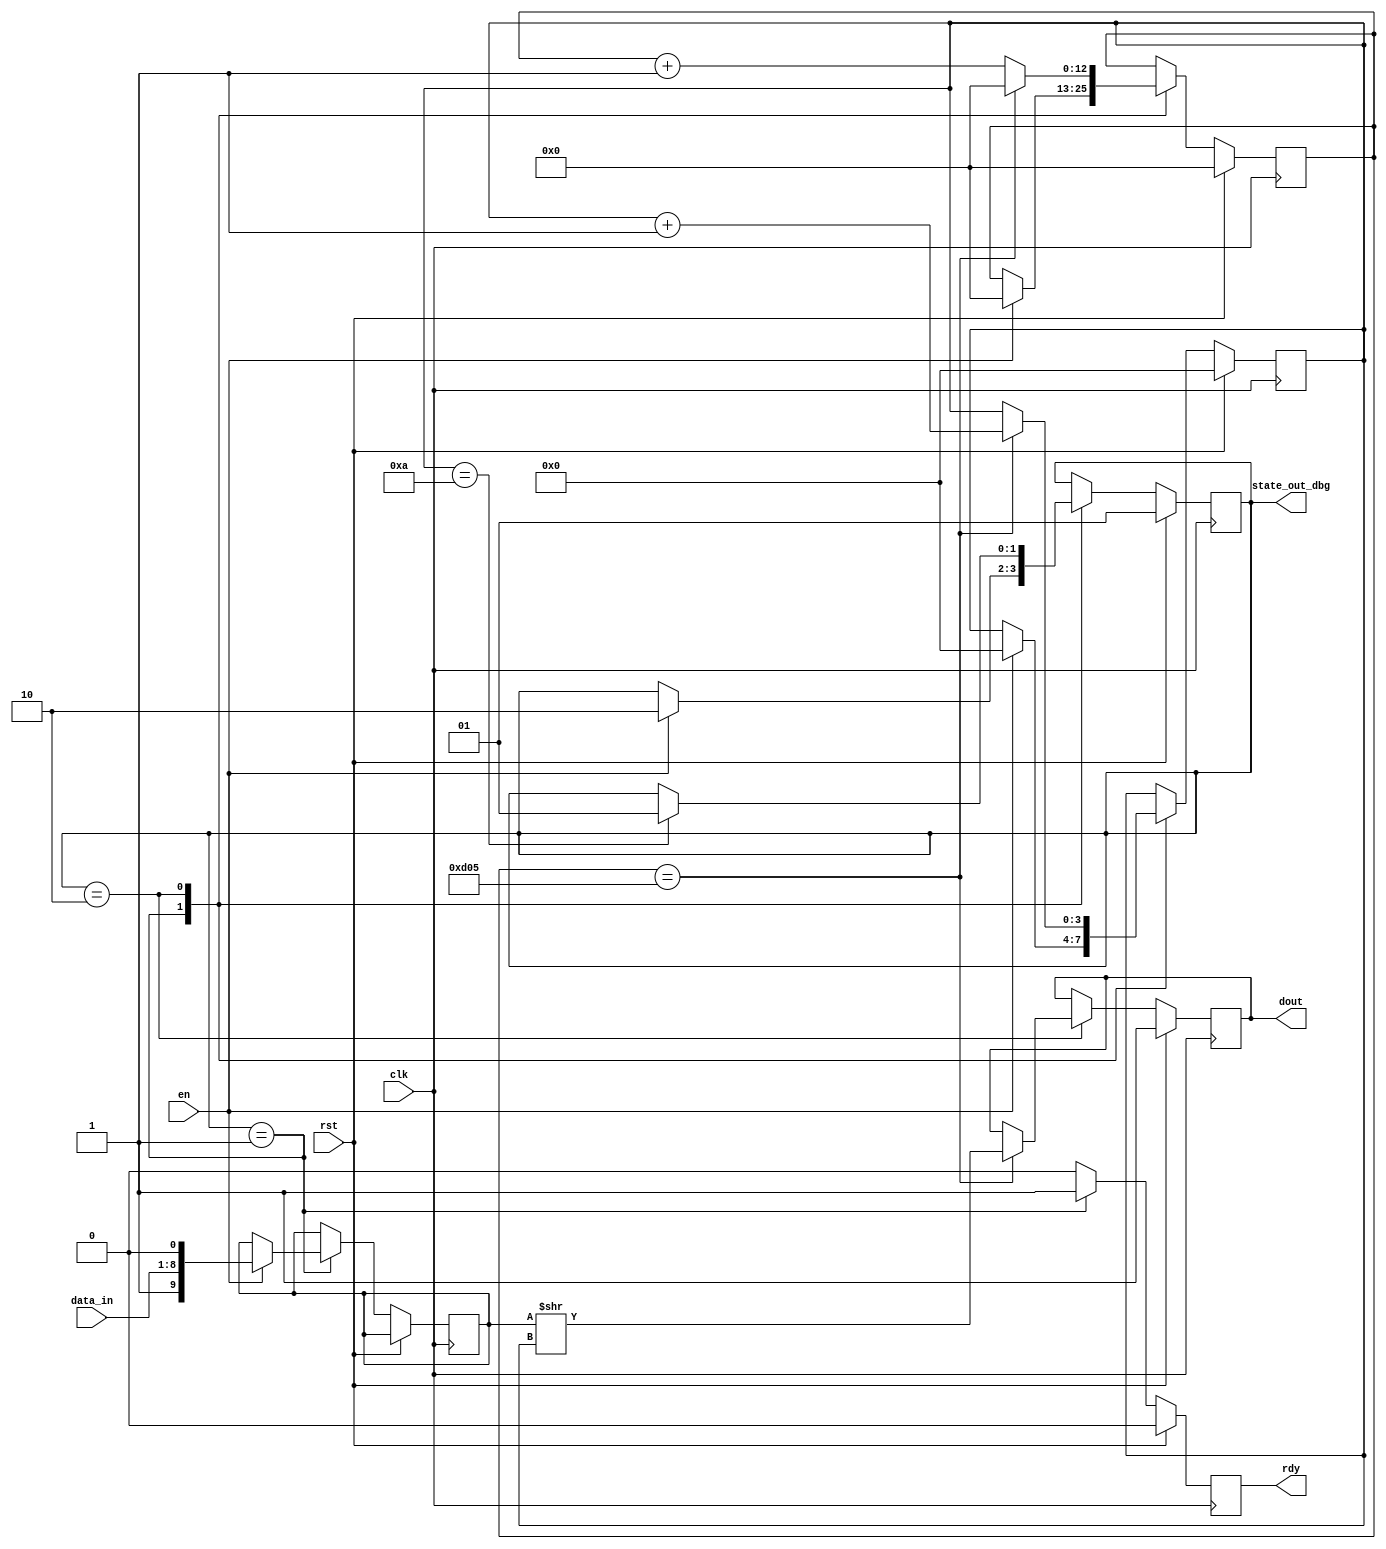
module uart_tx(
	input clk, rst, en,
	input [7:0] data_in,

	output reg rdy,
	output reg dout = 1'b1,
	output [1:0] state_out_dbg
);

parameter SYSTEM_CLOCK  = 32000000;
parameter BAUD_RATE		= 9600;
parameter CYC_COUNT		= SYSTEM_CLOCK/BAUD_RATE;
parameter CYC_PRO_BIT	= $clog2(CYC_COUNT);

`define STATE_RST		2'b00
`define STATE_START		2'b01
`define STATE_SENDBIT	2'b10


reg [1:0]cur_state ;
reg [9:0]data ;
reg [3:0]shift_amount ;
reg [CYC_PRO_BIT:0]wait_counter ;

assign state_out_dbg = cur_state ;

always @(posedge clk)
begin

	if(rst) begin
		cur_state 		<= `STATE_START;
		rdy				<= 1'b0;
		dout			<= 1'b1;
		shift_amount 	<= 0;
		wait_counter 	<= 0;
	end else begin
		rdy  <= 1'b0;
		dout <= dout;
		shift_amount <= shift_amount; 
		wait_counter <= wait_counter;
		
		case (cur_state)
			`STATE_START: begin
				rdy <= 1'b1;
				if ( en == 1'b1 ) begin
					cur_state 	<= `STATE_SENDBIT;
					data 		<= {1'b1,data_in,1'b0};
					shift_amount 	<= 1'b0;
					wait_counter 	<= 0;
				end
			end
			`STATE_SENDBIT: begin
				rdy <= 1'b0;
				if (wait_counter == CYC_COUNT) begin
					dout 			<= (data >> shift_amount ) & 1;
					shift_amount 	<= shift_amount + 1;
					wait_counter 	<= 0;
				end else begin
					wait_counter <= wait_counter + 1;
				end

				if (shift_amount == 4'd10) begin
					cur_state <= `STATE_START;
				end
			end
		endcase
	end
end

endmodule